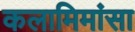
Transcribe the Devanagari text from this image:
कलामिमांसा